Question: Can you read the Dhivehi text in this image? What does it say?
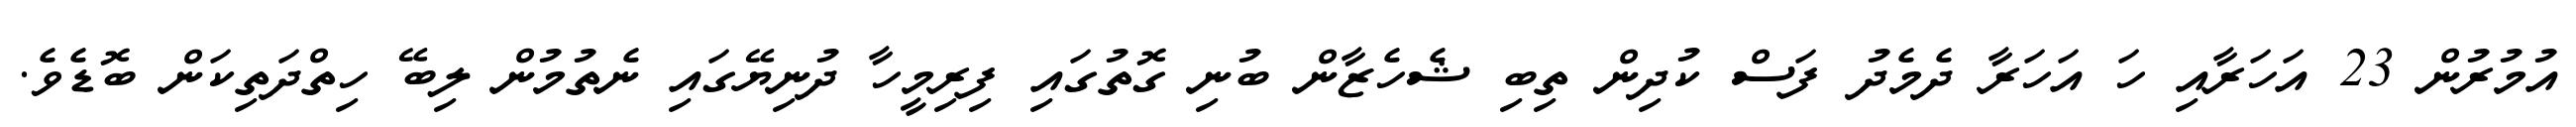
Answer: އުމުރުން 23 އަހަރާއި ހަ އަހަރާ ދެމެދު ފަސް ކުދިން ތިބި ޝެހެޒާން ބުނި ގޮތުގައި ފިރިމީހާ ދުނިޔޭގައި ނެތުމުން ލިބޭ ހިތްދަތިކަން ބޮޑެވެ.